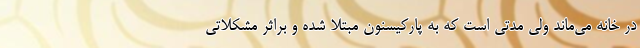
در خانه می‌ماند ولی مدتی است که به پارکیسنون مبتلا شده و براثر مشکلاتی